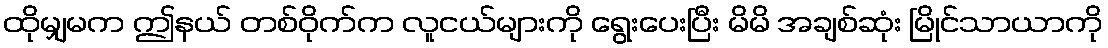
ထိုမျှမက ဤနယ် တစ်ဝိုက်က လူငယ်များကို ရွေးပေးပြီး မိမိ အချစ်ဆုံး မြိုင်သာယာကို